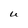
Character: U